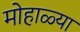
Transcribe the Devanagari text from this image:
मोहाळ्या